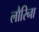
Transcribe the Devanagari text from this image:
लौरिना